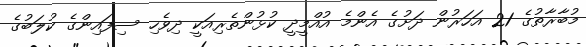
މުބާރާތުގެ 21 އަހަރުން ދަށުގެ އެންމެ އުއްމީދީ ކުޅުންތެރިއަކީ ދިވެހި ސިފައިންގެ ކުލަބުގެ